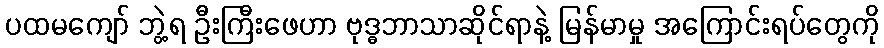
ပထမကျော် ဘွဲ့ရ ဦးကြီးဖေဟာ ဗုဒ္ဓဘာသာဆိုင်ရာနဲ့ မြန်မာမှု အကြောင်းရပ်တွေကို